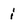
Character: j